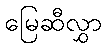
မြေဆီလွှာ